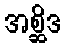
အစ္ဆိဒ